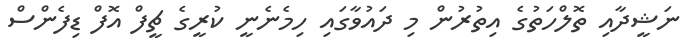
ނަޝީދާއި ތޮލްހަތުގެ އިތުރުން މި ދައުވާގައި ހިމެނެނީ ކުރީގެ ޗީފް އޮފް ޑިފެންސް